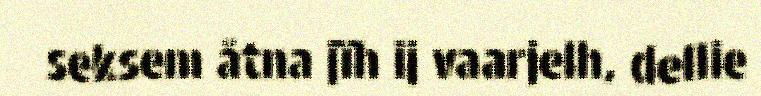
seksem åtna jïh ij vaarjelh, dellie